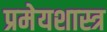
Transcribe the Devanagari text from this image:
प्रमेयशास्त्र